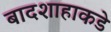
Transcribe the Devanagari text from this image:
बादशाहाकडे